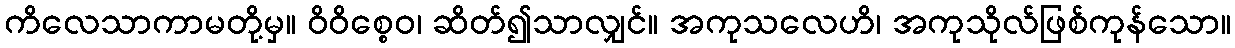
ကိလေသာကာမတို့မှ။ ဝိဝိစ္စေဝ၊ ဆိတ်၍သာလျှင်။ အကုသလေဟိ၊ အကုသိုလ်ဖြစ်ကုန်သော။